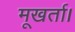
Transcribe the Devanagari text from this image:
मूखर्ता।